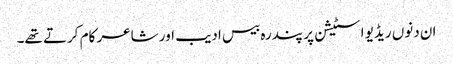
ان دنوں ریڈیو اسٹیشن پر پندرہ بیس ادیب اور شاعر کام کرتے تھے۔